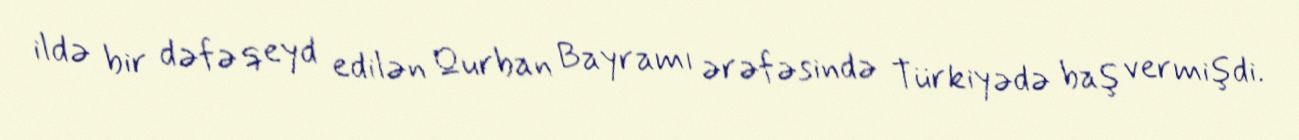
ildə bir dəfə qeyd edilən Qurban Bayramı ərəfəsində Türkiyədə baş vermişdi.